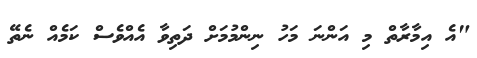
"އެ އިމާރާތް މި އަންނަ މަހު ނިންމުމަށް ދަތިވާ އެއްވެސް ކަމެއް ނެތޭ